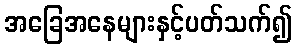
အခြေအနေများနှင့်ပတ်သက်၍